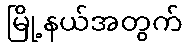
မြို့နယ်အတွက်